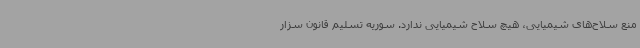
منع سلاح‌های شیمیایی‌، هیچ سلاح شیمیایی ندارد. سوریه تسلیم قانون سزار